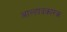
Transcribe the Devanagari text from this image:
आल्हादकारक